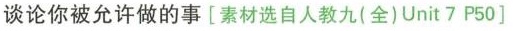
谈论你被允许做的事[素材选自人教九（全）Unit7 P50]